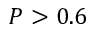
P > 0 . 6